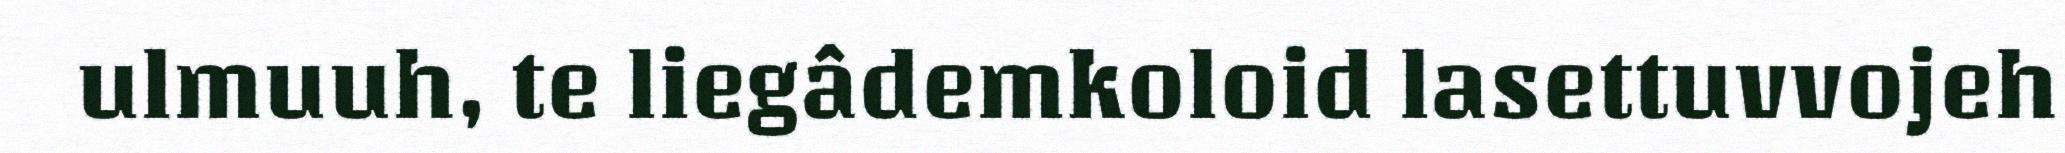
ulmuuh, te liegâdemkoloid lasettuvvojeh